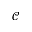
\mathcal { C }